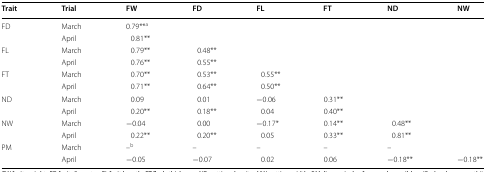
<table><thead><tr><td><b>Trait</b></td><td><b>Trial</b></td><td><b>FW</b></td><td><b>FD</b></td><td><b>FL</b></td><td><b>FT</b></td><td><b>ND</b></td><td><b>NW</b></td></tr></thead><tbody><tr><td rowspan="2">FD</td><td>March</td><td>0.79**<sup>a</sup></td><td></td><td></td><td></td><td></td><td></td></tr><tr><td>April</td><td>0.81**</td><td></td><td></td><td></td><td></td><td></td></tr><tr><td rowspan="2">FL</td><td>March</td><td>0.79**</td><td>0.48**</td><td></td><td></td><td></td><td></td></tr><tr><td>April</td><td>0.76**</td><td>0.55**</td><td></td><td></td><td></td><td></td></tr><tr><td rowspan="2">FT</td><td>March</td><td>0.70**</td><td>0.53**</td><td>0.55**</td><td></td><td></td><td></td></tr><tr><td>April</td><td>0.71**</td><td>0.64**</td><td>0.50**</td><td></td><td></td><td></td></tr><tr><td rowspan="2">ND</td><td>March</td><td>0.09</td><td>0.01</td><td>−0.06</td><td>0.31**</td><td></td><td></td></tr><tr><td>April</td><td>0.20**</td><td>0.18**</td><td>0.04</td><td>0.40**</td><td></td><td></td></tr><tr><td rowspan="2">NW</td><td>March</td><td>−0.04</td><td>0.00</td><td>−0.17*</td><td>0.14**</td><td>0.48**</td><td></td></tr><tr><td>April</td><td>0.22**</td><td>0.20**</td><td>0.05</td><td>0.33**</td><td>0.81**</td><td></td></tr><tr><td rowspan="2">PM</td><td>March</td><td>–<sup>b</sup></td><td>–</td><td>–</td><td>–</td><td>–</td><td></td></tr><tr><td>April</td><td>−0.05</td><td>−0.07</td><td>0.02</td><td>0.06</td><td>−0.18**</td><td>−0.18**</td></tr></tbody></table>